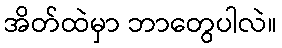
အိတ်ထဲမှာ ဘာတွေပါလဲ။